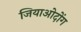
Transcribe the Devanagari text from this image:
जियाओदोंग